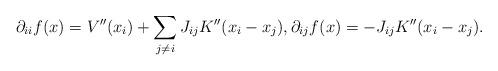
LaTeX: \begin{align*}\partial_{ii}f(x) &= V''(x_i) + \sum_{j \neq i} J_{ij}K''(x_i-x_j), \partial_{ij}f(x) = -J_{ij}K''(x_i-x_j).\end{align*}